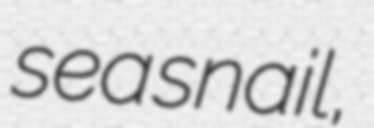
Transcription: sea snail,